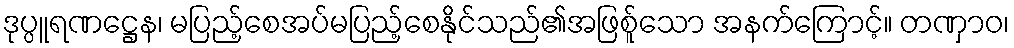
ဒုပ္ပူရဏဋ္ဌေန၊ မပြည့်စေအပ်မပြည့်စေနိုင်သည်၏အဖြစ်ူသော အနက်ကြောင့်။ တဏှာဝ၊